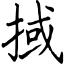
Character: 掝